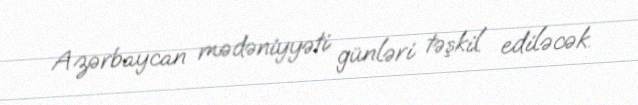
Azərbaycan mədəniyyəti günləri təşkil ediləcək.